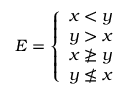
E = { \left\{ \begin{array} { l l } { x < y } \\ { y > x } \\ { x \ngeq y } \\ { y \nleq x } \end{array} \right. }